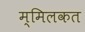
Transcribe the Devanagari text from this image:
म्मिलकत